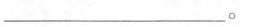
___。